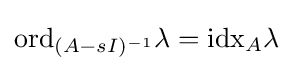
\mathrm {ord} _{(A-sI)^{-1}}\lambda =\mathrm {idx} _{A}\lambda